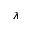
\lambda